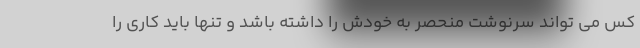
کس می تواند سرنوشت منحصر به خودش را داشته باشد و تنها باید کاری را